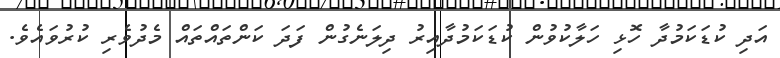
އަދި ކުޑަކަމުދާ ހޮޅި ހަލާކުވުން ކުޑަކަމުދާއިރު ދިލަނެގުން ފަދަ ކަންތައްތައް މެދުވެރި ކުރުވައެވެ.